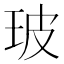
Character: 玻